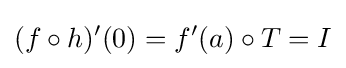
(f\circ h)'(0)=f'(a)\circ T=I